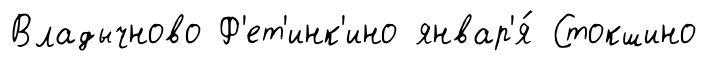
Владычново Ф'ет'инк'ино январ'я́ Стокшино